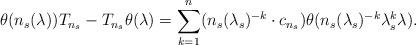
LaTeX: \begin{align*}\theta(n_s(\lambda))T_{n_s} - T_{n_s}\theta(\lambda) =\sum_{k = 1}^n(n_s(\lambda_s)^{-k}\cdot c_{n_s})\theta(n_s(\lambda_s)^{-k}\lambda_s^{k}\lambda).\end{align*}